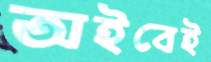
অইবেই